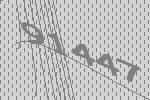
91447